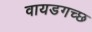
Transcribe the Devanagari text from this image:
वायडगच्छ